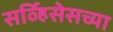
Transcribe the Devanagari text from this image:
सर्व्हिसेसच्या